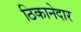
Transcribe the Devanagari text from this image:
ठिकानेदार